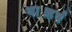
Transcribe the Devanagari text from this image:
था।हर्ष